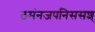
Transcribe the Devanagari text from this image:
ठमंनजपनिससश्